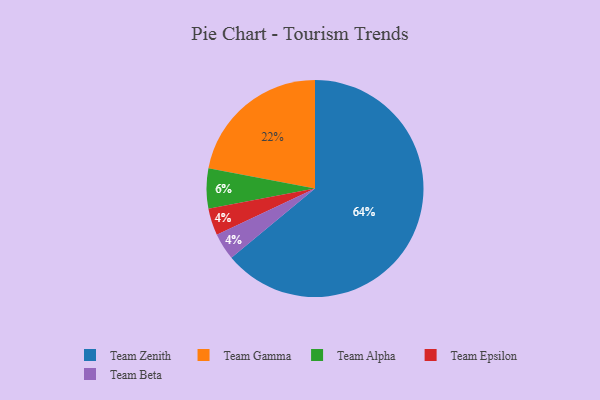
{"axis": {"x": "Category", "y": "Percentage"}, "legend": ["Team Alpha", "Team Beta", "Team Epsilon", "Team Gamma", "Team Zenith"], "data": [{"x": "Team Zenith", "y": 64, "type": "Team Zenith"}, {"x": "Team Alpha", "y": 6, "type": "Team Alpha"}, {"x": "Team Gamma", "y": 22, "type": "Team Gamma"}, {"x": "Team Epsilon", "y": 4, "type": "Team Epsilon"}, {"x": "Team Beta", "y": 4, "type": "Team Beta"}]}